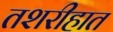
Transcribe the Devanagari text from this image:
तशरीहात